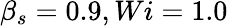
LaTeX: \beta_{s}=0.9,Wi=1.0